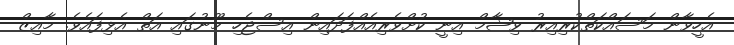
އެހީވާން މަސައްކަތްކުރިއިރު ވިޝާމް އިނީ ކުށްވެރިއެއްފަދައިން އިސްޖެހި މޫނުގައި އަތް އެޅިފައެވެ. މާއިޒް